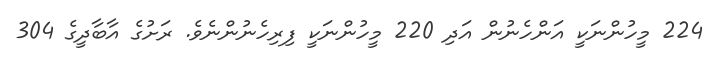
224 މީހުންނަކީ އަންހެނުން އަދި 220 މީހުންނަކީ ފިރިހެނުންނެވެ. ރަށުގެ އާބާދީގެ 304